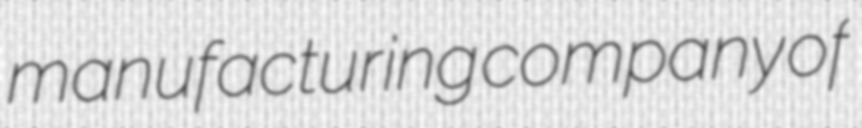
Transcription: manufacturing company of